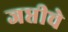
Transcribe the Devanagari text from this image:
जप्तीचे